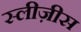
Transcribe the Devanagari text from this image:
स्लीज़ीस